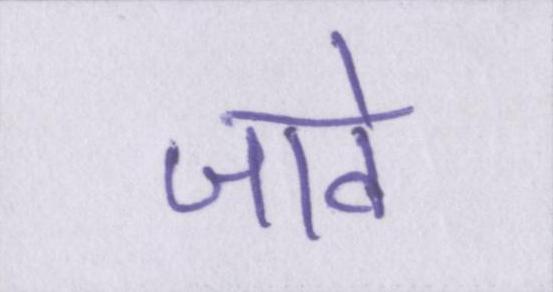
जावे